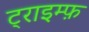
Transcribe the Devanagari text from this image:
ट्राइम्फ़